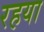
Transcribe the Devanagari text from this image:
रहया